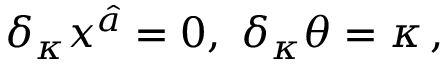
\delta _ { \kappa } x ^ { \hat { a } } = 0 , \, \, \delta _ { \kappa } \theta = \kappa \, ,